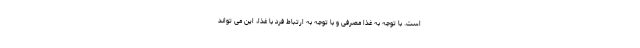
است. با توجه به غذا مصرفی و با توجه به ارتباط فرد با غذا، این می تواند